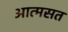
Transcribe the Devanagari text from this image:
आत्मसत